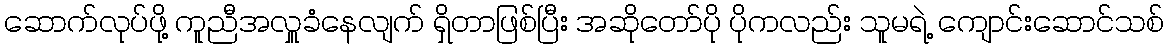
ဆောက်လုပ်ဖို့ ကူညီအလှူခံနေလျက် ရှိတာဖြစ်ပြီး အဆိုတော်ပို ပိုကလည်း သူမရဲ့ ကျောင်းဆောင်သစ်